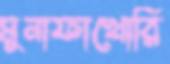
মুনাফাখোরি